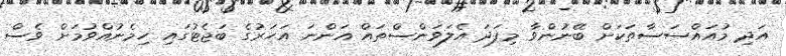
އަދި މުއައްސަސާތަކަށް ބޭނުންވާ މިފަދަ އެލަވަންސްތައް އަންނަ އަހަރުގެ ބަޖެޓުގައި ހިމެނުއްވުމަށް ވެސް